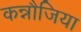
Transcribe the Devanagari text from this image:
कन्नौजिया